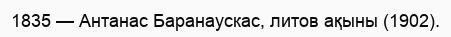
1835 — Антанас Баранаускас, литов ақыны (1902).